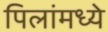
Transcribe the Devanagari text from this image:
पिलांमध्ये